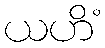
ယဟိံ